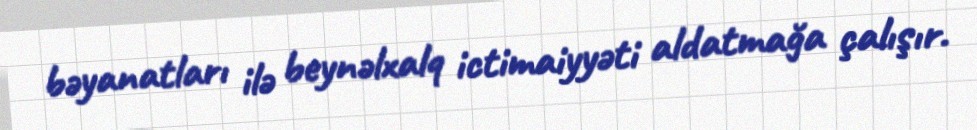
bəyanatları ilə beynəlxalq ictimaiyyəti aldatmağa çalışır.